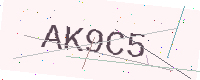
Text: AK9C5